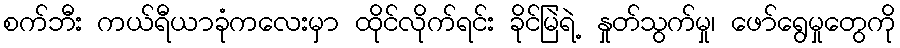
စက်ဘီး ကယ်ရီယာခုံကလေးမှာ ထိုင်လိုက်ရင်း ခိုင်မြဲရဲ့ နှုတ်သွက်မှု၊ ဖော်ရွေမှုတွေကို